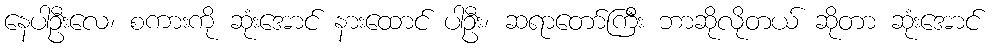
နေပါဦးလေ၊ စကားကို ဆုံးအောင် နားထောင် ပါဦး၊ ဆရာတော်ကြီး ဘာဆိုလိုတယ် ဆိုတာ ဆုံးအောင်